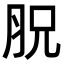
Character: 𦙿